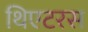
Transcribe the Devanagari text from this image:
थिएटरस